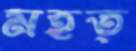
মহত্